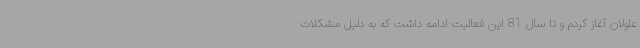
علولان آغاز کردم و تا سال 81 این فعالیت ادامه داشت که به دلیل مشکلات